Voru_kinnistusamet, lk 10
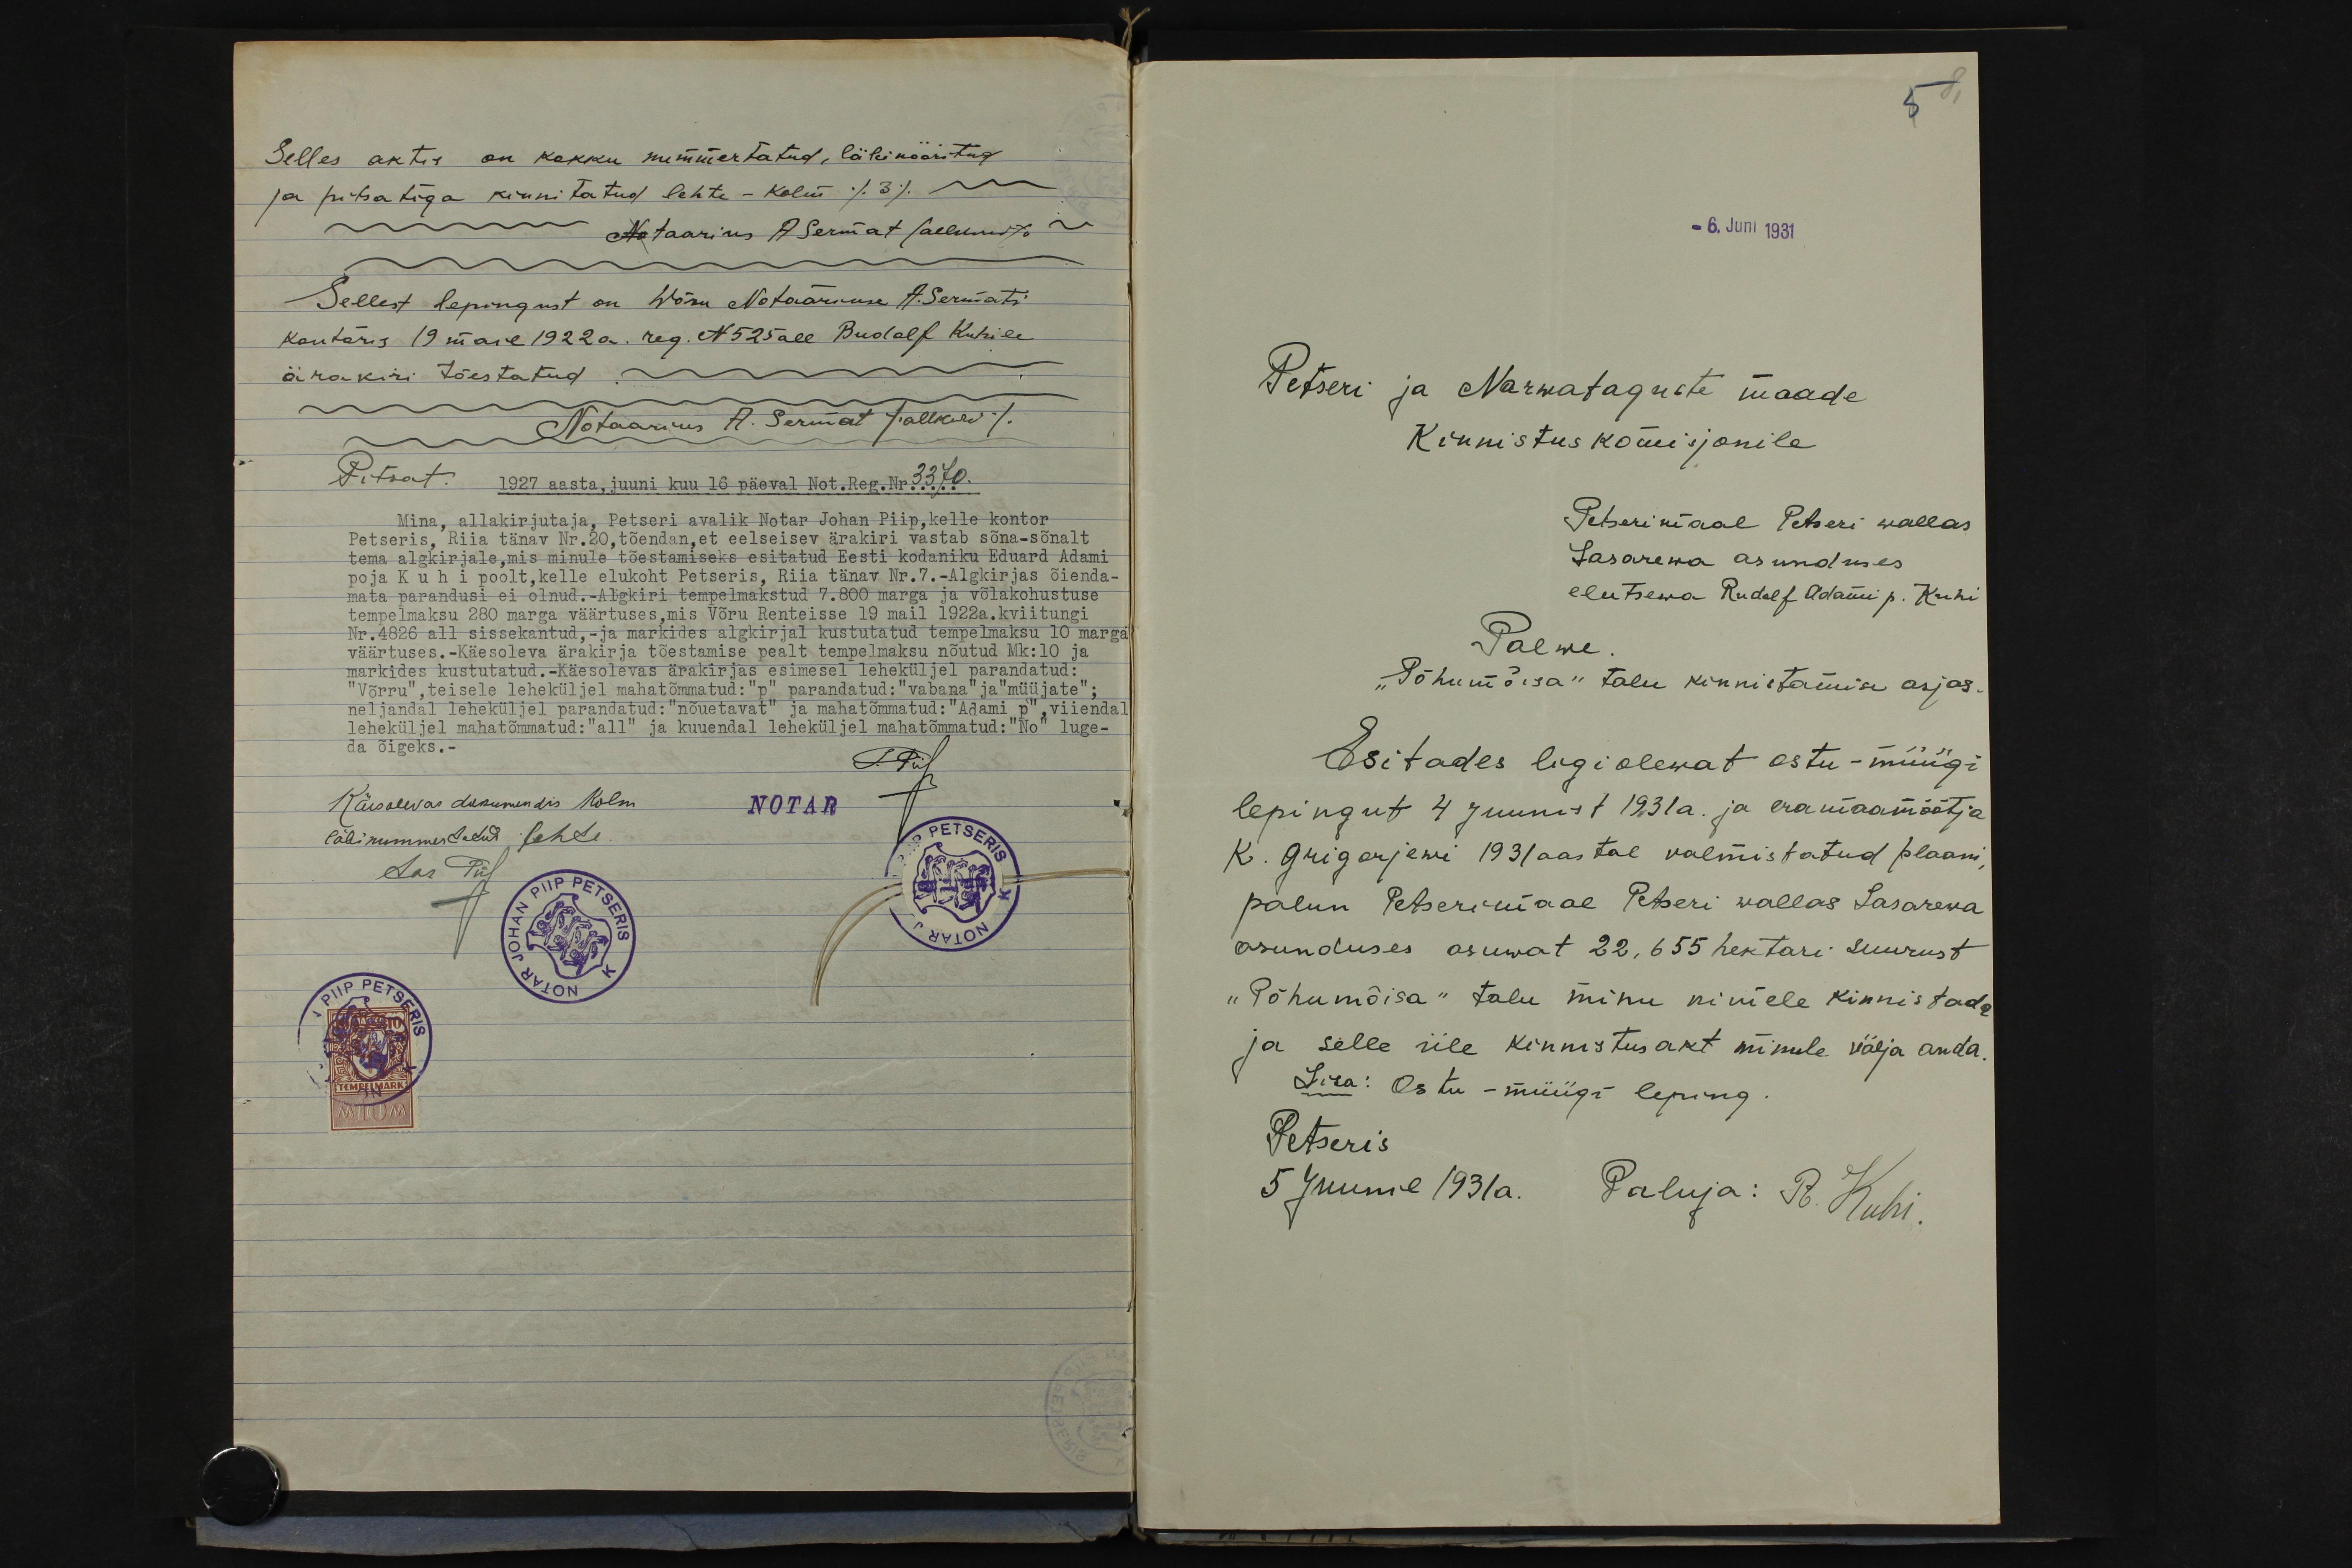
Selles aktis on kokku nummertatud, läbinööritud
ja pitsatiga kinnitatud lehte-kolm /3/ -
- Notaarius A. Sermat /allkiri/ -
Sellest lepingust on Wõru Notaariuse A. Sermati
kontoris 19 mail 1922a. reg. N525 all Rudolf Kuhile
ärakiri tõestatud
Notaarius A. Sermat /allkiri/
Pitsat.
1927 aasta, juuni kuu 16 päeval Not. Reg. Nr 3370.
Mina, allakirjutaja, Petseri avalik Notar Johan Piip kelle kontor
Petseris, Riia tänav Nr.20, tõendan, et eelseisev ärakiri vastab sõna-sõnalt
tema algkirjale, mis minule tõestamiseks esitatud Eesti kodaniku Eduard Adami
poja Kuhi poolt, kelle elukoht Petseris, Riia tänav Nr.7.- Algkirjas õienda-
mata parandusi ei olnud. - Algkiri tempelmakstud 7.800 marga ja võlakohustuse
Nr.4826 all sissekantud,- ja markides algkirjal kustutatud tempelmaksu 10 marga
väärtuses.-Käesoleva ärakirja tõestamise pealt tempelmaksu nõutud Mk: 10 ja
markides kustutatud.- Käesolevas ärakirjas esimesel leheküljel parandatud:
"Võrru", teisele leheküljel mahatõmmatud: "p" parandatud:" vabana" ja "müüjate";
neljandal leheküljel parandatud: "nõuetavat" ja mahatõmmatud: "Adami p", viiendal
leheküljel mahatõmmatud: "all" ja kuuendal leheküljel mahatõmmatud: "No" luge-
da õigeks.-
J.Piip
Käesolevas dokumendis kolm
NOTAR
läbinummerdatud lehte
Aar Piip

5
- 6. Juni 1931
Petseri ja Narwataguste maade
Kinnistus komisjonile
Petserimaal Petseri wallas,
Lasarewa asunduses
elutsewa Rudolf Adami p. Kuhi
Palwe
"Põhu mõisa" talu kinnistamise asjas.
Esitades ligi olewat ostu-müügi
lepingut 4 juunist 1931 a. ja eramaamõõtja
K. Grigorjewi 1931 aastal valmistatud plaani
palun Petserimaal Petseri wallas Lasarewa
asunduses asuwat 22.655 hektari suurust
"Põhu mõisa" talu minu nimele kinnistada
ja selle üle kinnistusakt minule välja anda.
Lisa: Ostu - müügi leping.
Petseris
5 Juunil 1931a. Paluja: R. Kuhi